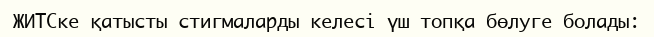
ЖИТСке қатысты стигмаларды келесі үш топқа бөлуге болады: